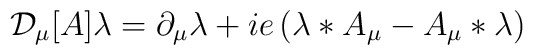
{\cal D}_\mu[A] \lambda = \partial_\mu \lambda + ie \left( \lambda*A_\mu - A_\mu*\lambda\right)